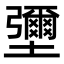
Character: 𡓭